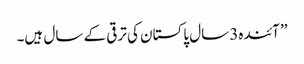
’’ آئندہ3 سال پاکستان کی ترقی کے سال ہیں۔